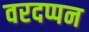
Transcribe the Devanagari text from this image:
वरदप्पन